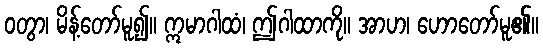
ဝတွာ၊ မိန့်တော်မူ၍။ ဣမာဂါထံ၊ ဤဂါထာကို။ အာဟ၊ ဟောတော်မူ၏။